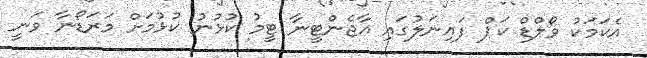
އެކަމަކު ވޯލްޑް ކަޕް ފައިނަލުގައި އާޖެންޓީނާ ޓީމު ކުޅުނު ކުޅުމަށް މަރަޑޯނާ ވަނީ